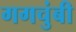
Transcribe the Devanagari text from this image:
गगचुंबी